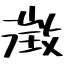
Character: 澂